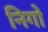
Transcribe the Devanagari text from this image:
निगो